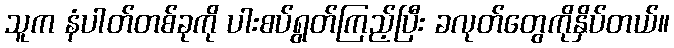
သူက နံပါတ်တစ်ခုကို ပါးစပ်ရွတ်ကြည့်ပြီး ခလုတ်တွေကိုနှိပ်တယ်။